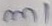
Text: m1